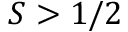
S > 1 / 2